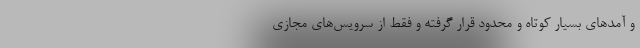
و آمد‌های بسیار کوتاه و محدود قرار گرفته و فقط از سرویس‌های مجازی